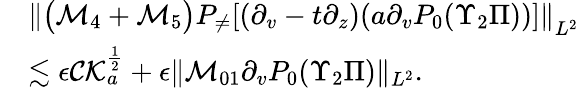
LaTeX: \begin{array}{rl}&{\left\| \big(\mathcal{M}_{4}+\mathcal{M}_{5}\big)P_{\neq}[(\partial_{v}-t\partial_{z})(a\partial_{v}P_{0}(\Upsilon_{2}\Pi))]\right\| _{L^{2}}}\\ &{\lesssim\epsilon\mathcal{CK}_{a}^{\frac 12}+\epsilon\| \mathcal{M}_{01}\partial_{v}P_{0}(\Upsilon_{2}\Pi)\| _{L^{2}}.}\end{array}